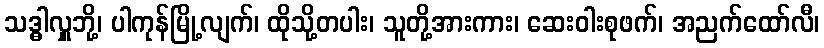
သဒ္ဓါလှူဘို့၊ ပါကုန်မြို့လျက်၊ ထိုသို့တပါး၊ သူတို့အားကား၊ ဆေးဝါးစုဖက်၊ အညက်ထော်လီ၊